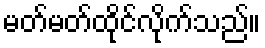
မတ်မတ်ထိုင်လိုက်သည်။